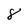
Character: 8